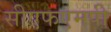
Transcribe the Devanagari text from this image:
सीएफएमपी